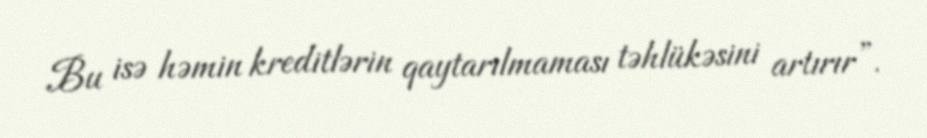
Bu isə həmin kreditlərin qaytarılmaması təhlükəsini artırır”.